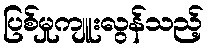
ပြစ်မှုကျူးလွန်သည့်